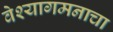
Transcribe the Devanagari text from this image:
वेश्यागमनाचा